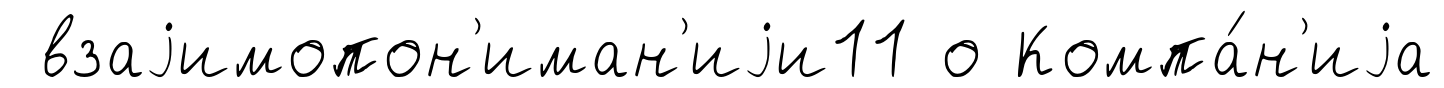
взаjимопон'иман'иjи11 о Компа́н'иjа